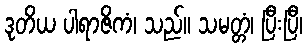
ဒုတိယ ပါရာဇိကံ၊ သည်။ သမတ္တံ၊ ပြီးပြီ၊